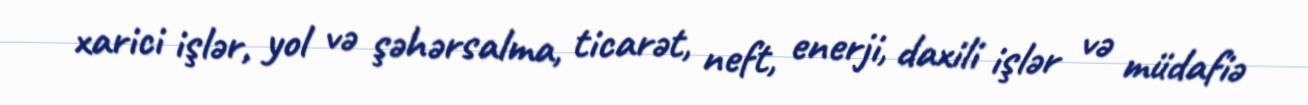
xarici işlər, yol və şəhərsalma, ticarət, neft, enerji, daxili işlər və müdafiə